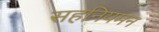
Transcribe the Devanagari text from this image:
सहनियमन